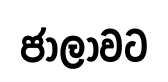
ජාලාවට